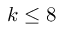
k \leq 8